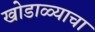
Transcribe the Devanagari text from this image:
खोडाळ्याचा